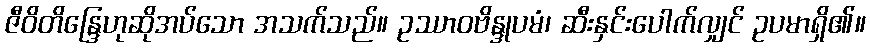
ဇီဝိတိန္ဒြေဟုဆိုအပ်သော အသက်သည်။ ဥဿာဝဗိန္ဒုပမံ၊ ဆီးနှင်းပေါက်လျှင် ဥပမာရှိ၏။